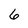
Character: 6